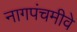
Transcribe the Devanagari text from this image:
नागपंचमीवे